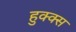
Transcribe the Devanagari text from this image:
हुक्क्स